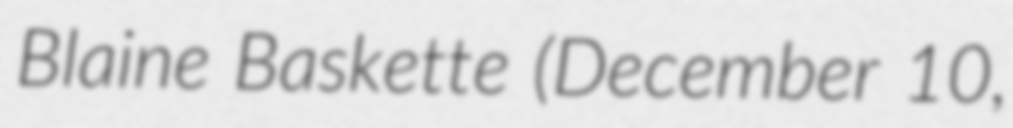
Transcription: Blaine Baskette (December 10,